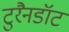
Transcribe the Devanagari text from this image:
टुरैनडॉट